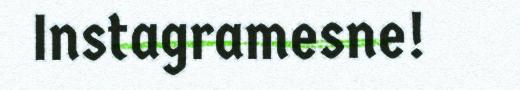
Instagramesne!